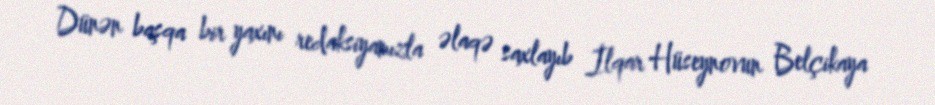
Dünən başqa bir yaxını redaksiyamızla əlaqə saxlayıb İlqar Hüseynovun Belçikaya